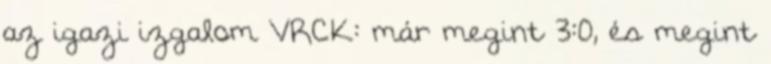
az igazi izgalom VRCK: már megint 3:0, és megint